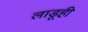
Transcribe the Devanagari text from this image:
लाडूही